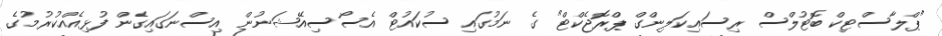
"ޕްލާސްޓިކް ބޮޓުލްސް ރިސައިކަލިންގް ޕްރޮޖެކްޓް" ގެ ނަމުގައި ސުކައުޓް އެސޯސިއޭޝަނުން އިސްނަގައިގެން ފުޅިއެއްކުރުމުގެ